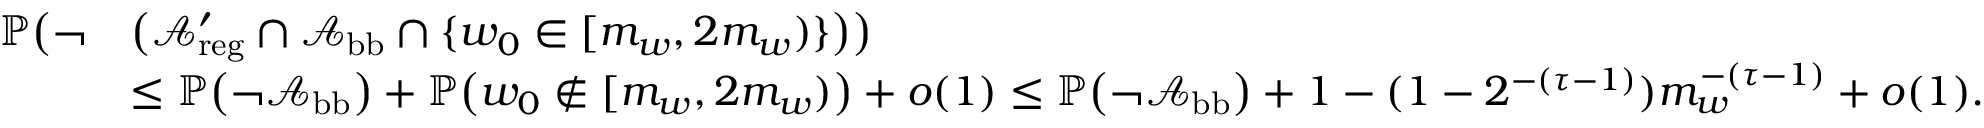
\begin{array} { r l } { \mathbb { P } \big ( \neg } & { \big ( { \mathcal A } _ { \mathrm { r e g } } ^ { \prime } \cap { \mathcal A } _ { \mathrm { b b } } \cap \{ w _ { 0 } \in [ m _ { w } , 2 m _ { w } ) \} \big ) \big ) } \\ & { \le \mathbb { P } \big ( \neg { \mathcal A } _ { \mathrm { b b } } \big ) + \mathbb { P } \big ( w _ { 0 } \notin [ m _ { w } , 2 m _ { w } ) \big ) + o ( 1 ) \le \mathbb { P } \big ( \neg { \mathcal A } _ { \mathrm { b b } } \big ) + 1 - ( 1 - 2 ^ { - ( \tau - 1 ) } ) m _ { w } ^ { - ( \tau - 1 ) } + o ( 1 ) . } \end{array}